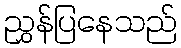
ညွှန်ပြနေသည်